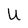
Character: U